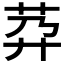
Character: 𦮘